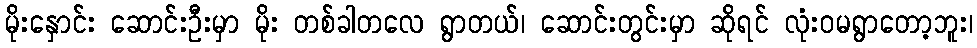
မိုးနှောင်း ဆောင်းဦးမှာ မိုး တစ်ခါတလေ ရွာတယ်၊ ဆောင်းတွင်းမှာ ဆိုရင် လုံးဝမရွာတော့ဘူး၊